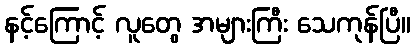
နင့်ကြောင့် လူတွေ အများကြီး သေကုန်ပြီ။